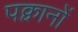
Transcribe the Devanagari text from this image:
पक्वानों